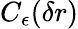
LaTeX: C_{\epsilon}(\mathbf\delta r)